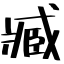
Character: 臧